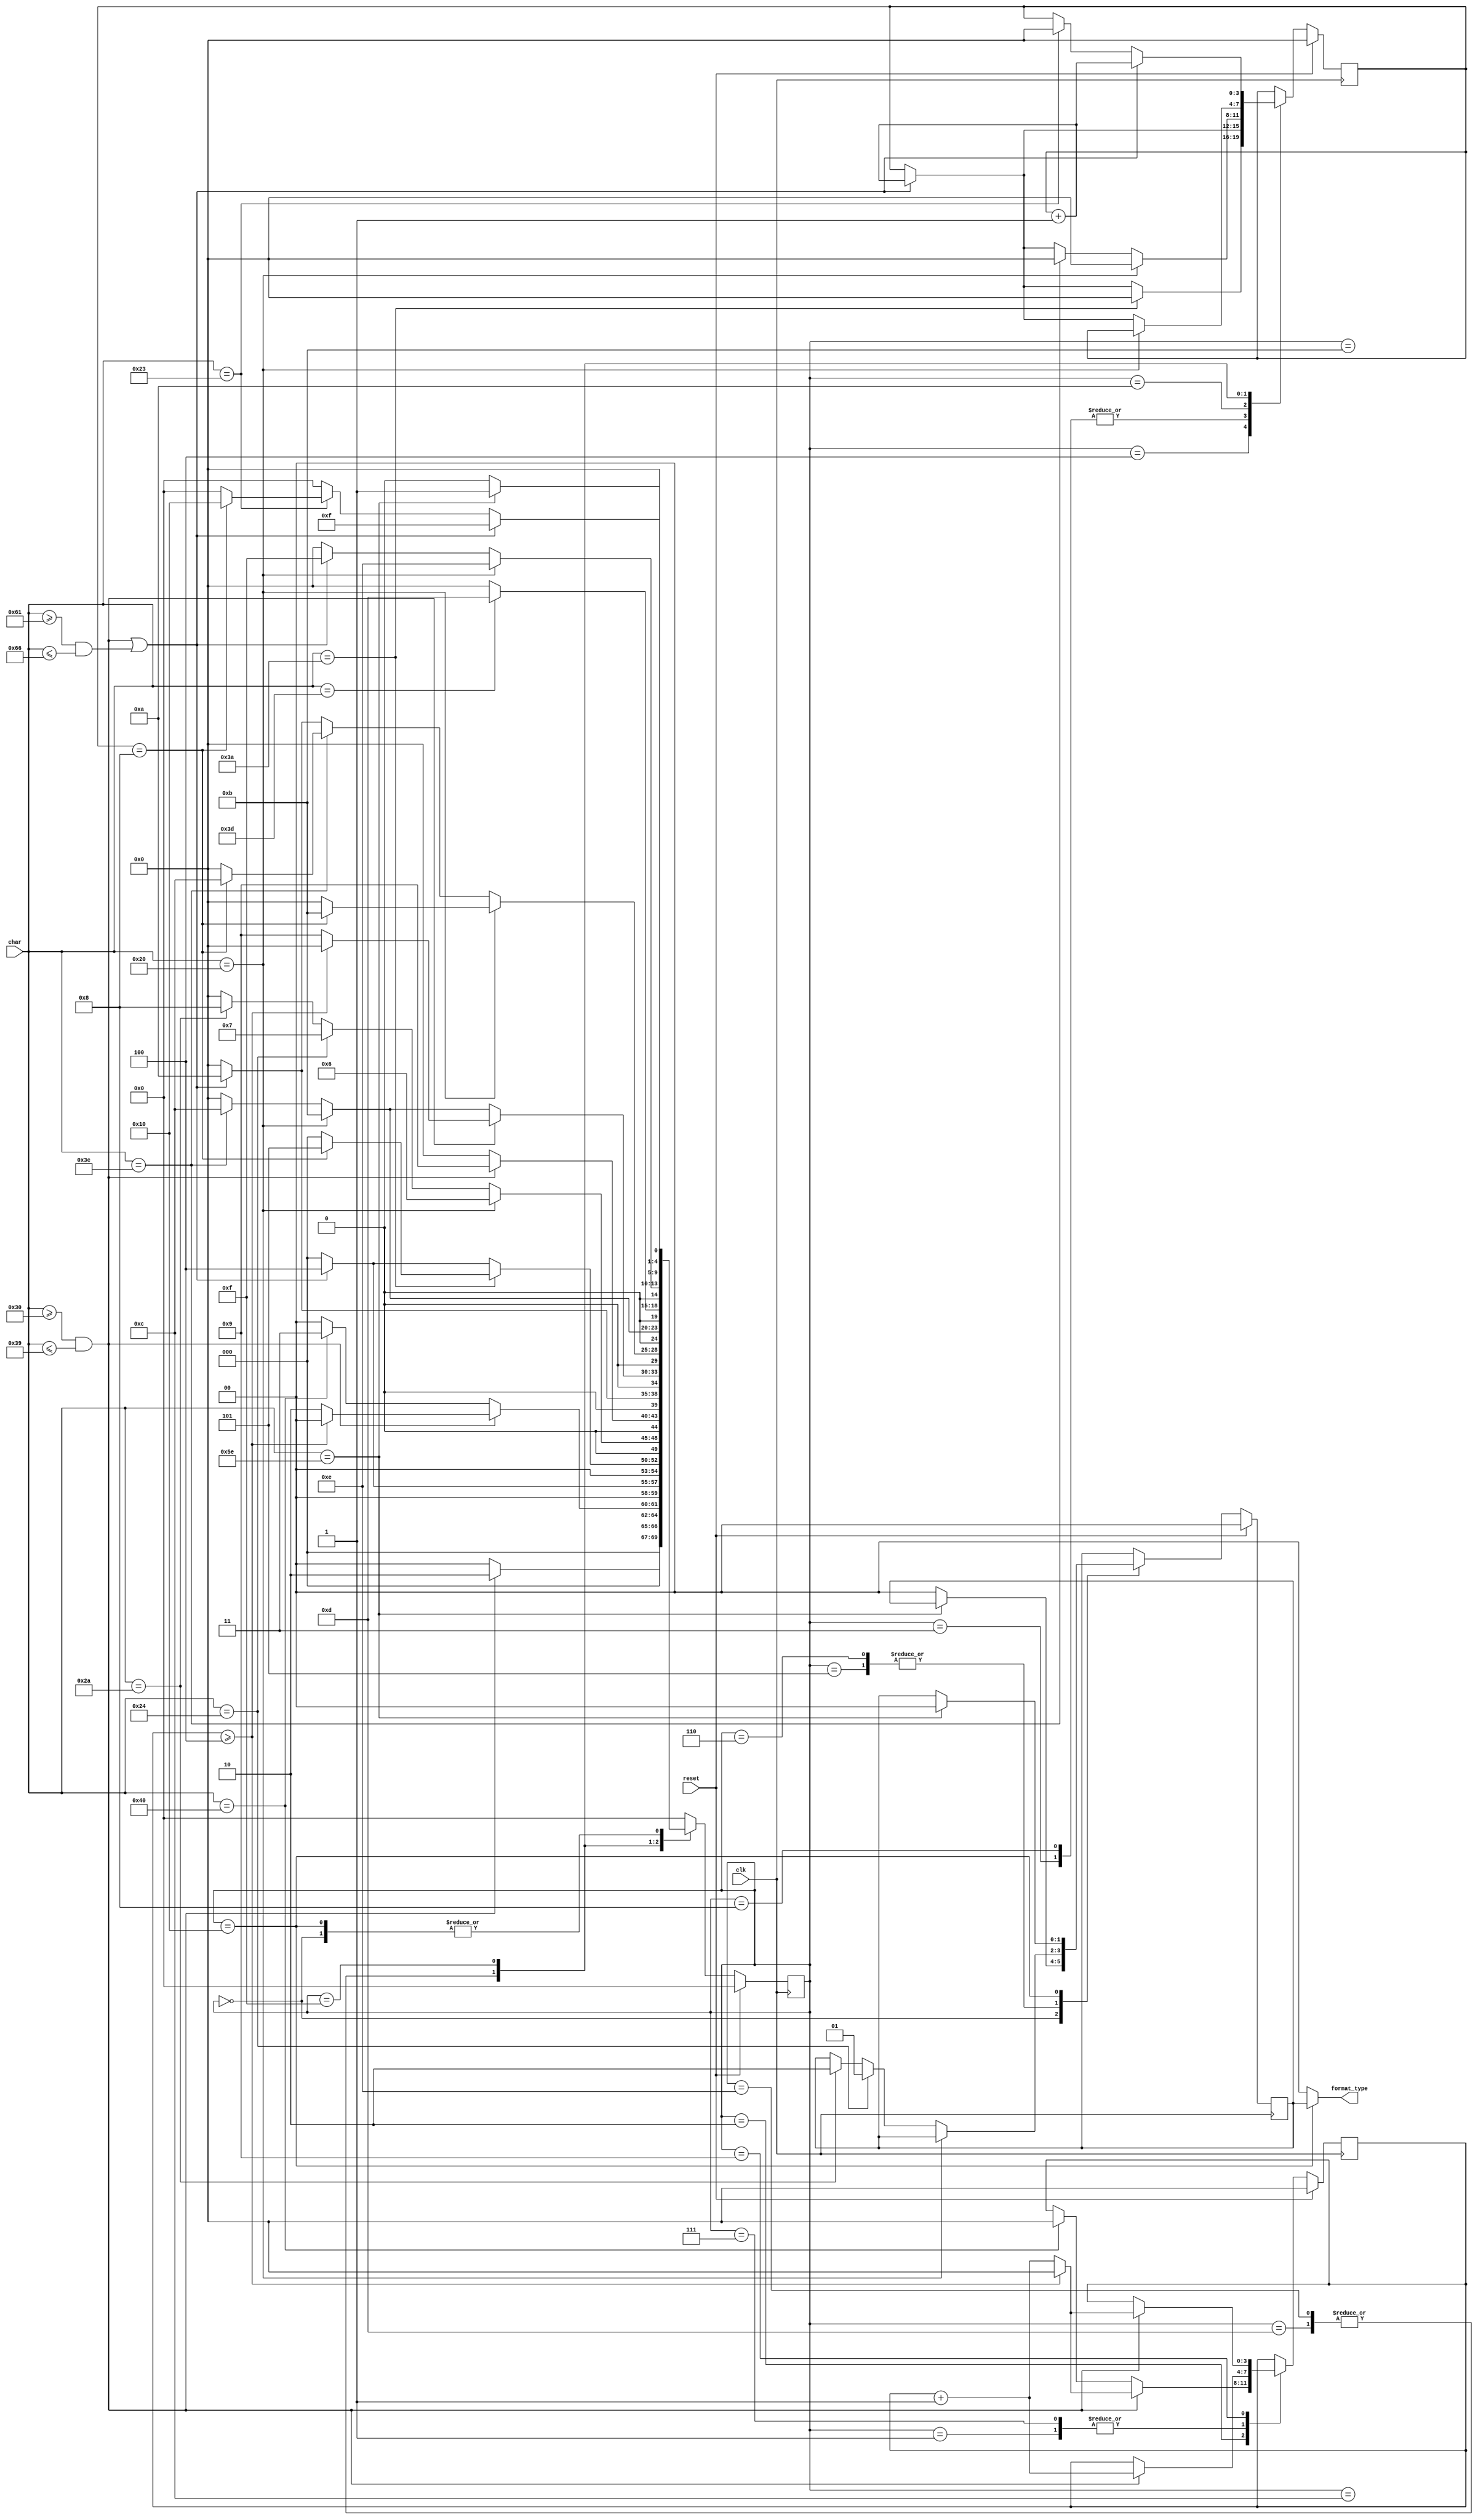
`timescale 1ns / 1ps
//////////////////////////////////////////////////////////////////////////////////
// Company: 
// Engineer: 
// 
// Design Name: 
// Module Name:    cpu_checker 
// Project Name: 
// Target Devices: 
// Tool versions: 
// Description: 
//
// Dependencies: 
//
// Revision: 
// Revision 0.01 - File Created
// Additional Comments: 
//
//////////////////////////////////////////////////////////////////////////////////
`define S0 5'b00000
`define S1 5'b00001
`define S2 5'b00010
`define S3 5'b00011
`define S4 5'b00100
`define S5 5'b00101
`define S6 5'b00110
`define S71 5'b00111
`define S72 5'b01000
`define S81 5'b01001
`define S82 5'b01010
`define S9 5'b01011
`define S10 5'b01100
`define S11 5'b01101
`define S12 5'b01110
`define S13 5'b01111
`define S14 5'b10000

//
module cpu_checker(
    input [7:0] char,
    input clk,
    input reset,
    output [1:0] format_type
    );
	 reg [4:0] status = `S0;
	 reg [1:0] flag = 2'b00;
	 reg [3:0] Regd = 4'b0000; //
	 reg [3:0] Regh = 4'b0000; //
	 
	 always@(posedge clk)begin
	   if (reset)begin
	      status <= `S0;
	      flag <= 2'b00;
	      Regd <= 4'b0000;
			Regh <= 4'b0000;
	   end
	   else begin
	      case(status)
	      `S0 : begin
			         if(char == "^")
						status <= `S1;
						else begin
						status <= `S0;
						flag <= 2'b00;
						end
			     end
			`S1 : begin  //^
			         if(char >= "0" && char <= "9") begin
						status <= `S2;
						Regd <= Regd + 1;  //
						end
						else 
						status <= `S0;
			     end
			`S2 : begin  //
			         if (char >= "0" && char <= "9")begin
						   if (Regd >= 4'b0100) begin
						   status <= `S0;
						   Regd <= 4'b0;
						   end
						   else begin
							Regd <= Regd + 1;
						   status <= `S2;
						   end
						end
						else if (char == "@") begin
						status <= `S3;
						Regd <= 4'b0;
						end
						else
						status <= `S0;
				  end
			`S3 : begin //@
                  if ((char >= "0" && char <= "9")||(char >= "a" && char <= "f"))begin
						status <= `S4;
						Regh <= Regh +1;  //
						end
                  else
						status <= `S0;
			     end
         `S4 : begin //
                  if (char == ":") begin
						   if (Regh == 4'b1000) begin  //8
                     status <= `S5;
						   Regh <= 4'b0;
						   end
						   else begin
						   status <= `S0;
						   Regh <= 4'b0;
						   end
					   end
						else if ((char >= "0" && char <= "9")||(char >= "a" && char <= "f")) begin
						status <= `S4;
						Regh <= Regh + 1;
                  end
                  else
                  status <= `S0;							
              end
         `S5 : begin //:
                  if (char == " ")
                  status <= `S6;
                  else if (char == "$")begin
						status <= `S71;
						flag <= 2'b01;
						end
						else if (char == "*")begin
						status <= `S72;
						flag <= 2'b10;
						end
						else
						status <= `S0;
				  end	
			`S6 : begin //
			          if (char == " ")
						 status <= `S6;
						 else if (char == "$")begin
						 status <= `S71;
						 flag <= 2'b01;
						 end
						 else if (char == "*")begin
						 status <= `S72;
						 flag <= 2'b10;
						 end
						 else
						 status <= `S0;
					end
			`S71 : begin //$
			           if (char >= "0" && char <= "9")begin
						  status <= `S81;
						  Regd <= Regd + 1;
						  end
						  else
						  status <= `S0;
				   end
			`S72 : begin  //*
			          if ((char >= "0" && char <= "9")||(char >= "a" && char <= "f"))begin
						 status <= `S82;
						 Regh <= Regh + 1;
						 end
						 else
						 status <= `S0;
					end
			`S81 : begin //
			          if (char >= "0" && char <= "9")begin
						    if (Regd >= 4'b0100) begin
							 status <= `S0;
							 Regd <= 4'b0;
							 end
							 else begin
						    status <= `S81;
							 Regd <= Regd + 1;
							 end
						 end
						 else if (char == " ")
						 status <= `S9;
						 else if (char == "<")
						 status <= `S10;
						 else
						 status <= `S0;
			      end
			`S82 : begin //
						 if (char == " ") begin
						    if (Regh == 4'b1000) begin
						    status <= `S9;
							 Regh <= 4'b0;
							 end
						    else begin
							 status <= `S0;
							 Regh <= 4'b0;
						    end
						 end
						 else if (char == "<") begin
						         if (Regh == 4'b1000) begin
									status <= `S10;
									Regh <= 4'b0;
									end
									else begin
									status <= `S0;
									Regh <= 4'b0;
									end
						 end
						 else if ((char >= "0" && char <= "9")||(char >= "a" && char <= "f"))begin
						 status <= `S82;
						 Regh <= Regh + 1;
						 end
						 else
						 status <= `S0;
			     end
			`S9 : begin //
			         if(char == " ")
						status <= `S9;
						else if (char == "<")
						status <= `S10;
						else
						status <= `S0;
			      end
			`S10 : begin //<
			          if (char == "=")
						 status <= `S11;
						 else 
						 status <= `S0;
					end
			`S11 : begin //=
			          if (char == " ")
						 status <= `S12;
						 else if ((char >= "0" && char <= "9")||(char >= "a" && char <= "f")) begin
						 status <= `S13;
						 Regh <= Regh + 1;
						 end
						 else
						 status <= `S0;
			      end
			`S12 : begin //
			          if (char == " ")
						 status <= `S12;
						 else if ((char >= "0" && char <= "9")||(char >= "a" && char <= "f"))begin
						 status <= `S13;
						 Regh <= Regh +1;
						 end
						 else
						 status <= `S0;
					end
			`S13 : begin //
			          if ((char >= "0" && char <= "9")||(char >= "a" && char <= "f")) begin
						 status <= `S13;
						 Regh <= Regh + 1;
						 end
						 else if (char == "#") begin
						         if (Regh == 4'b1000) begin
						         status <= `S14;
									Regh <= 4'b0;
									end
									else begin
									status <= `S0;
									Regh <= 4'b0;
									end
						 end
						 else
						 status <= `S0;
					end
			`S14 : begin
			          if (char == "^") begin
						 status <= `S1;
						 flag <= 2'b00;
						 end
						 else
						 status <= `S0;
					end
			default : status <= `S0;
	      endcase
	   end
	 end
    assign format_type = (status == `S14) ? flag : 2'b00;

endmodule